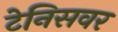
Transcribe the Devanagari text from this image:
टेनिसवर